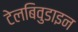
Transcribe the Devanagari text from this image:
टेलबिवुडाइन